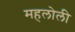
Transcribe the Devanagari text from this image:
महलोली